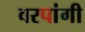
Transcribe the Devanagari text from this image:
वरपांगी